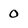
Character: 0